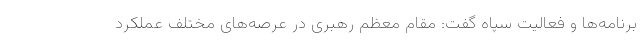
برنامه‌ها و فعالیت سپاه گفت: مقام معظم رهبری در عرصه‌های مختلف عملکرد